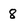
Character: 8